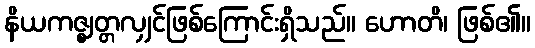
နိယကဇ္ဈတ္တလျှင်ဖြစ်ကြောင်းရှိသည်။ ဟောတိ၊ ဖြစ်၏။